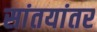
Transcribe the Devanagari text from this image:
सांतयांतर